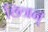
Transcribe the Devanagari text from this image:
छित्रन्